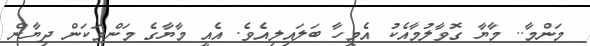
މަންމާ.. މާޔާ ގޮވާލުމާއެކު އެމީހާ ބަލައިލިއެވެ. އެެއީ މާޔާގެ މަންމަކަން ދިޔާން